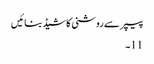
پیپر سے روشنی کا شیڈ بنائیں
11۔